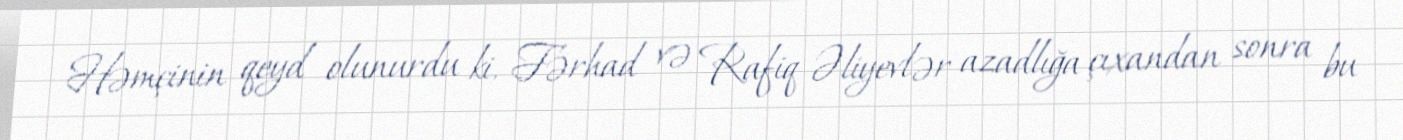
Həmçinin qeyd olunurdu ki, Fərhad və Rafiq Əliyevlər azadlığa çıxandan sonra bu